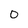
Character: 0